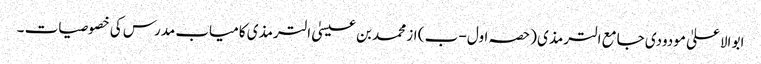
ابو الاعلیٰ مودودی جامع الترمذی (حصہ اول -ب ) از محمد بن عیسیٰ الترمذی کامیاب مدرس کی خصوصیات ۔